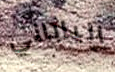
الياباني